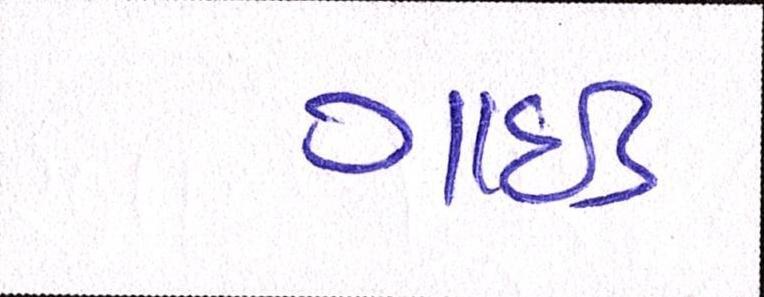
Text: ગાઇડ